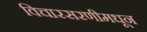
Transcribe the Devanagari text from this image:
विचारसरणीमधून